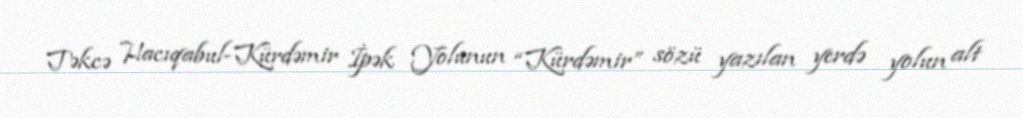
Təkcə Hacıqabul-Kürdəmir İpək Yolunun “Kürdəmir” sözü yazılan yerdə yolun alt